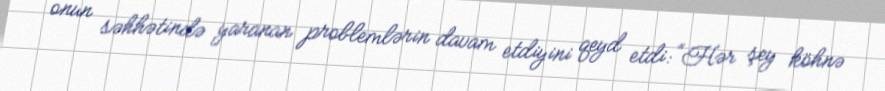
onun səhhətində yaranan problemlərin davam etdiyini qeyd etdi: “Hər şey köhnə